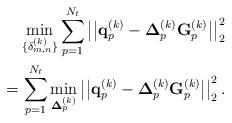
LaTeX: \begin{align*}\begin{aligned}\min_{\{\delta_{m,n}^{(k)}\}} \sum_{p=1}^{N_t}\left|\left|\mathbf{q}_p^{(k)} - \mathbf{\Delta}_p^{(k)} \mathbf{G}_p^{(k)}\right|\right|_2^2 \\= \sum_{p=1}^{N_t}\min_{\mathbf{\Delta}_p^{(k)}}\left|\left|\mathbf{q}_p^{(k)} - \mathbf{\Delta}_p^{(k)} \mathbf{G}_p^{(k)}\right|\right|_2^2.\end{aligned}\end{align*}